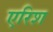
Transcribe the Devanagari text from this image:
एरिश